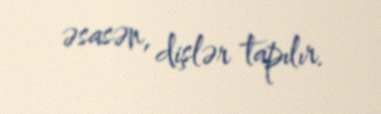
əsasən, dişlər tapılır.